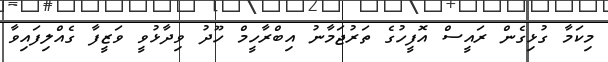
މިކަމާ ގުޅިގެން ރައީސް އޮފީހުގެ ތަރުޖަމާނު އިބްރާހީމް ހޫދު ވިދާޅުވީ ވަޒީފާ ގެއްލިފައިވާ